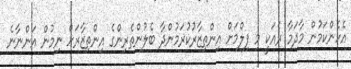
އެހެންކަމުން މާދަމާ ރެއަކީ މި ފިލްމަށް އިންތިޒާރުކުރަމުންދާ ބެލުންތެރިންގެ އިންތިޒާރަށް ނިމުން އަންނާނެ